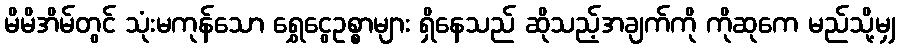
မိမိအိမ်တွင် သုံးမကုန်သော ရွှေငွေဥစ္စာများ ရှိနေသည် ဆိုသည့်အချက်ကို ကိုဆုကေ မည်သို့မျှ